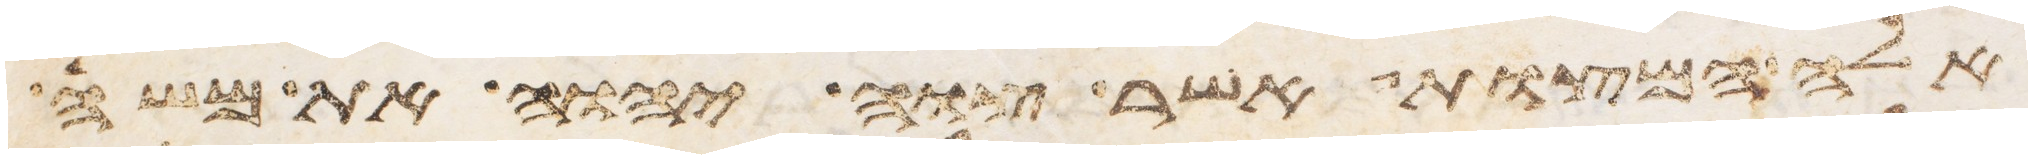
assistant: אלה המצות אשר צוה יהוה את משה